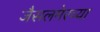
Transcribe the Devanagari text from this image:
जैसलमेरच्या